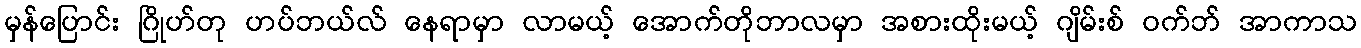
မှန်ပြောင်း ဂြိုဟ်တု ဟပ်ဘယ်လ် နေရာမှာ လာမယ့် အောက်တိုဘာလမှာ အစားထိုးမယ့် ဂျိမ်းစ် ဝက်ဘ် အာကာသ